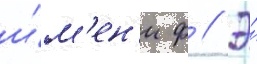
и́м'ен'и ф // Э́